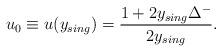
LaTeX: \begin{align*}u_{0} \equiv u(y_{sing}) = \frac{1+2y_{sing}\Delta^{-}}{2y_{sing}}.\end{align*}